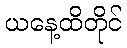
ယနေ့ထိတိုင်